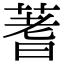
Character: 蓍